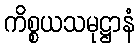
ကိစ္စယသမုဋ္ဌာနံ